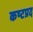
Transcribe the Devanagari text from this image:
कष्‍टप्रद